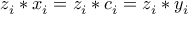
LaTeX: z _ { i } * x _ { i } = z _ { i } * c _ { i } = z _ { i } * y _ { i }